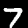
Digit: 7